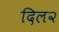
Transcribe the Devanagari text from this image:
दिल२